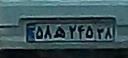
۵۸ه۲۴۵۳۸